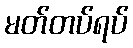
မတ်တပ်ရပ်